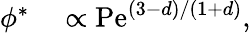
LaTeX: \begin{array}{rl}{\phi^{\ast}}&{{}\propto\mathrm{Pe}^{(3-d)/(1+d)},}\end{array}